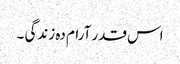
اس قدر آرام دہ زندگی ۔